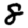
Digit: 8